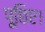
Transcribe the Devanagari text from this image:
पूछिए।